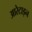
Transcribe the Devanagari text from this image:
आरेटाइन